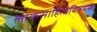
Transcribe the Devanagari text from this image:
लोकसाहित्यविषयक